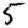
Digit: 5